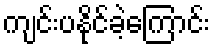
ကျင်းပနိုင်ခဲ့ကြောင်း